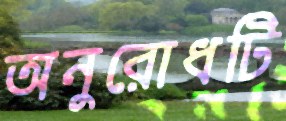
অনুরোধটি